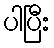
ပါပြီး